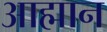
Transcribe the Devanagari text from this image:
आह्मान